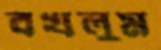
বখলুম